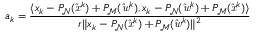
a _ { k } = \frac { \langle x _ { k } - P _ { \mathrm { \mathcal { N } } } ( \mathit { \hat { x } } ^ { k } ) + P _ { \mathrm { \mathcal { M } } } ( \mathit { \hat { w } } ^ { k } ) , x _ { k } - P _ { \mathrm { \mathcal { N } } } ( \mathit { \hat { w } } ^ { k } ) + P _ { \mathrm { \mathcal { M } } } ( \mathit { \hat { x } } ^ { k } ) \rangle } { r \| x _ { k } - P _ { \mathrm { \mathcal { N } } } ( \mathit { \hat { x } } ^ { k } ) + P _ { \mathrm { \mathcal { M } } } ( \mathit { \hat { w } } ^ { k } ) \| ^ { 2 } }